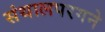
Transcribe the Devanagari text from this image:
संथालपरगने